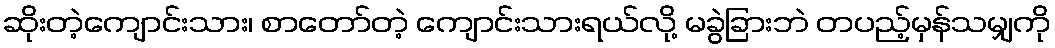
ဆိုးတဲ့ကျောင်းသား၊ စာတော်တဲ့ ကျောင်းသားရယ်လို့ မခွဲခြားဘဲ တပည့်မှန်သမျှကို